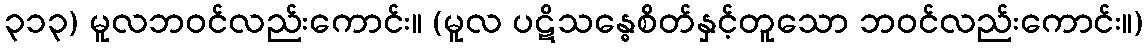
၃၁၃) မူလဘဝင်လည်းကောင်း။ (မူလ ပဋိသန္ဓေစိတ်နှင့်တူသော ဘဝင်လည်းကောင်း။)